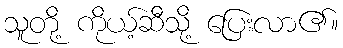
သူတို့ ကိုယ့်ဆီသို့ ပြေးလာ၏။